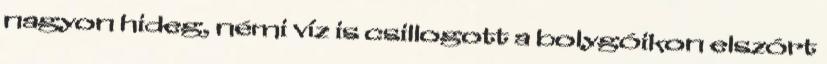
nagyon hideg, némi víz is csillogott a bolygóikon elszórt